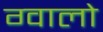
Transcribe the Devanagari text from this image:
ग्‍वालो